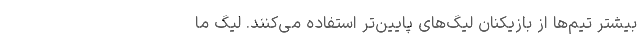
بیشتر تیم‌ها از بازیکنان لیگ‌های پایین‌تر استفاده می‌کنند. لیگ ما